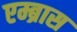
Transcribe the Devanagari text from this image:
एम्ब्रास